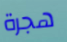
هجرة